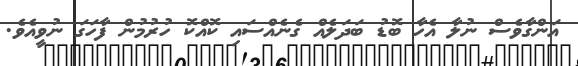
އަންގާވެސް ނުލާ އެހާ ބޮޑު ބަދަލެއް ގެނެއްސައި ކޮއްކޮ ހުރުމުން ފާހަގަ ނުވީއެވެ.